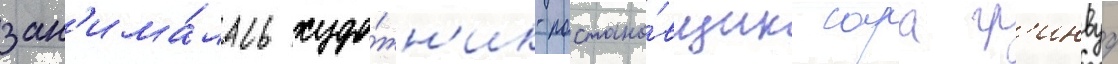
зан'има́лась худо́жн'ик-постано́вщик сара гр'инвуд